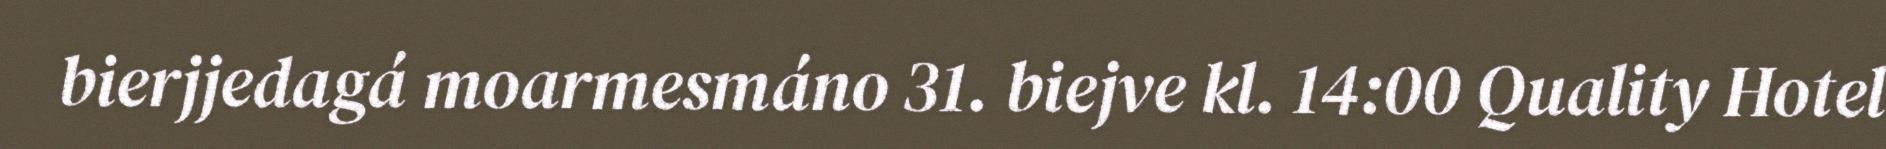
bierjjedagá moarmesmáno 31. biejve kl. 14:00 Quality Hotel